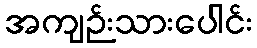
အကျဉ်းသားပေါင်း